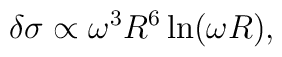
\delta \sigma \propto \omega^3 R^6 \ln (\omega R),